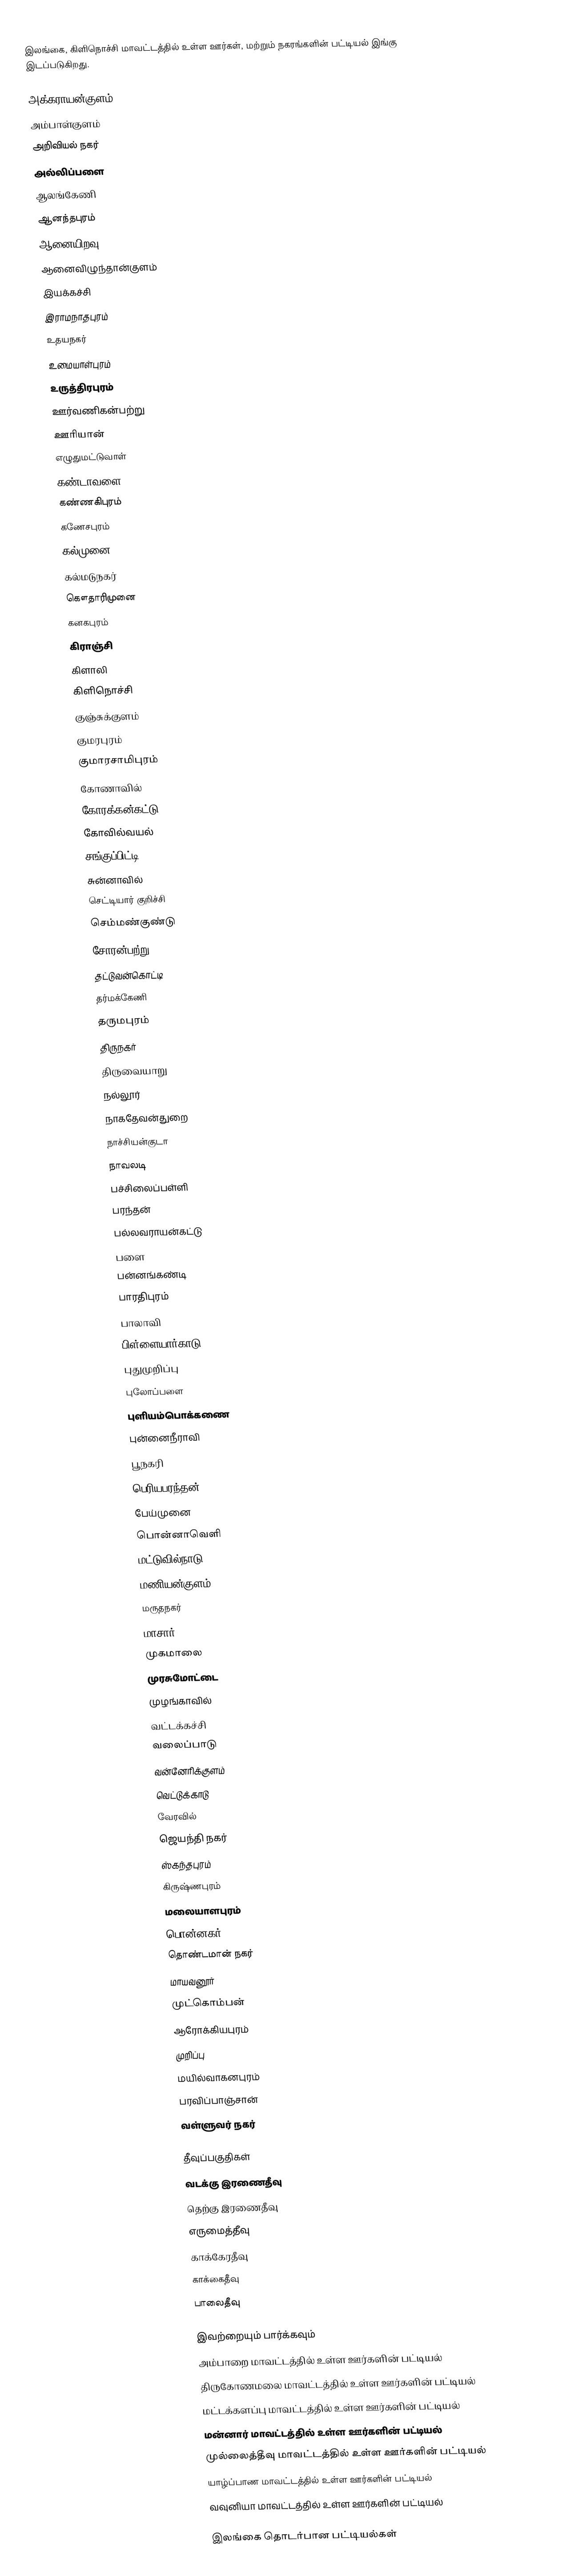
இலங்கை, கிளிநொச்சி மாவட்டத்தில் உள்ள ஊர்கள், மற்றும் நகரங்களின் பட்டியல் இங்கு இடப்படுகிறது.

 அக்கராயன்குளம்
 அம்பாள்குளம்
 அறிவியல் நகர்
 அல்லிப்பளை
 ஆலங்கேணி
 ஆனந்தபுரம்
 ஆனையிறவு
 ஆனைவிழுந்தான்குளம்
 இயக்கச்சி
 இராமநாதபுரம்
 உதயநகர்
 உமையாள்புரம்
 உருத்திரபுரம்
 ஊர்வணிகன்பற்று
 ஊரியான்
 எழுதுமட்டுவாள்
 கண்டாவளை
 கண்ணகிபுரம்
 கணேசபுரம்
 கல்முனை
 கல்மடுநகர்
 கௌதாரிமுனை
 கனகபுரம்
 கிராஞ்சி
 கிளாலி
 கிளிநொச்சி
 குஞ்சுக்குளம்
 குமரபுரம்
 குமாரசாமிபுரம்
 கோணாவில்
 கோரக்கன்கட்டு
 கோவில்வயல்
 சங்குப்பிட்டி
 சுன்னாவில்
 செட்டியார் குறிச்சி
 செம்மண்குண்டு
 சோரன்பற்று
 தட்டுவன்கொட்டி
 தர்மக்கேணி
 தருமபுரம்
 திருநகர்
 திருவையாறு
 நல்லூர்
 நாகதேவன்துறை
 நாச்சியன்குடா
 நாவலடி
 பச்சிலைப்பள்ளி
 பரந்தன்
 பல்லவராயன்கட்டு
 பளை
 பன்னங்கண்டி
 பாரதிபுரம்
 பாலாவி
 பிள்ளையார்காடு
 புதுமுறிப்பு
 புலோப்பளை
 புளியம்பொக்கணை
 புன்னைநீராவி
 பூநகரி
 பெரியபரந்தன்
 பேய்முனை
 பொன்னாவெளி
 மட்டுவில்நாடு
 மணியன்குளம்
 மருதநகர்
 மாசார்
 முகமாலை
 முரசுமோட்டை
 முழங்காவில்
 வட்டக்கச்சி
 வலைப்பாடு
 வன்னேரிக்குளம்
 வெட்டுக்காடு
 வேரவில்
 ஜெயந்தி நகர்
 ஸ்கந்தபுரம்
 கிருஷ்ணபுரம்
 மலையாளபுரம்
 பொன்னகர்
 தொண்டமான் நகர்
 மாயவனூர்
 முட்கொம்பன்
ஆரோக்கியபுரம்
முறிப்பு
மயில்வாகனபுரம்      
பரவிப்பாஞ்சான்
வள்ளுவர் நகர்

தீவுப்பகுதிகள்
 வடக்கு இரணைதீவு
 தெற்கு இரணைதீவு
 எருமைத்தீவு
 காக்கேரதீவு
 காக்கைதீவு
 பாலைதீவு

இவற்றையும் பார்க்கவும்
 அம்பாறை மாவட்டத்தில் உள்ள ஊர்களின் பட்டியல்
 திருகோணமலை மாவட்டத்தில் உள்ள ஊர்களின் பட்டியல்
 மட்டக்களப்பு மாவட்டத்தில் உள்ள ஊர்களின் பட்டியல்
 மன்னார் மாவட்டத்தில் உள்ள ஊர்களின் பட்டியல்
 முல்லைத்தீவு மாவட்டத்தில் உள்ள ஊர்களின் பட்டியல்
 யாழ்ப்பாண மாவட்டத்தில் உள்ள ஊர்களின் பட்டியல்
 வவுனியா மாவட்டத்தில் உள்ள ஊர்களின் பட்டியல்

இலங்கை தொடர்பான பட்டியல்கள்